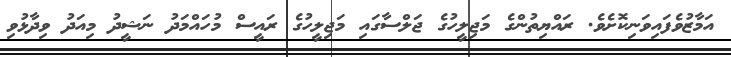
އަމާޒުވެފައިވަނިކޮށެވެ. ރައްޔިތުންގެ މަޖިލީހުގެ ޖަލްސާގައި މަޖިލީހުގެ ރައީސް މުހައްމަދު ނަޝީދު މިއަދު ވިދާޅުވި